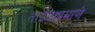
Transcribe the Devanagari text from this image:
ताईताप्रमाणे